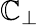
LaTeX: \mathbb{C}_{\perp}